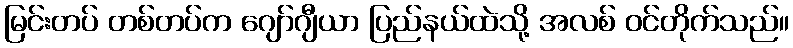
မြင်းတပ် တစ်တပ်က ဂျော်ဂျီယာ ပြည်နယ်ထဲသို့ အလစ် ဝင်တိုက်သည်။